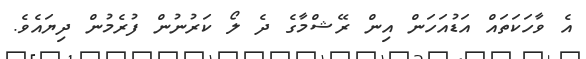
އެ ވާހަކަތައް އަޑުއަހަން އިން ރޭޝްމާގެ ދެ ލޯ ކަރުނުން ފުރެމުން ދިޔައެވެ.